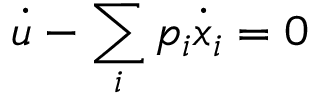
{ \dot { u } } - \sum _ { i } p _ { i } { \dot { x } } _ { i } = 0